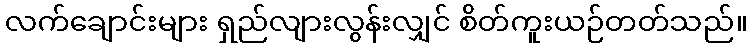
လက်ချောင်းများ ရှည်လျားလွန်းလျှင် စိတ်ကူးယဉ်တတ်သည်။